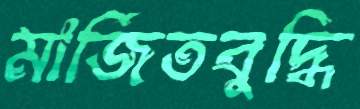
মার্জিতবুদ্ধি